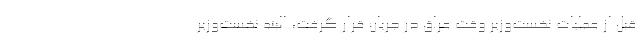
قبل از عملیات نخست‌وزیر وقت عراق در جریان قرار گرفت، البته نخست‌وزیر